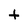
Character: t